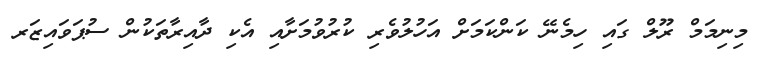
މިނިމަމް ރޫލް ގައި ހިމެނޭ ކަންކަމަށް އަހުލުވެރި ކުރުވުމަށާއި އެކި ދާއިރާތަކުން ސުޕަވައިޒަރ